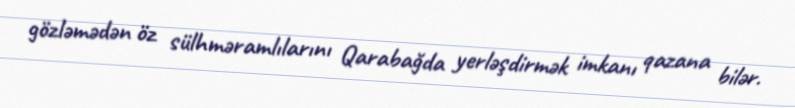
gözləmədən öz sülhməramlılarını Qarabağda yerləşdirmək imkanı qazana bilər.